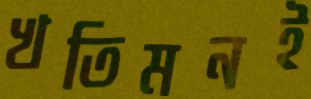
খতিমনই